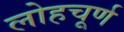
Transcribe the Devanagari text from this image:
लोहचूर्ण